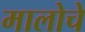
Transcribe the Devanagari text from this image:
मालोचे